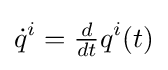
{\dot {q}}^{i}={\tfrac {d}{dt}}q^{i}(t)